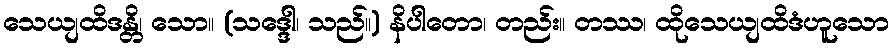
သေယျထိဒန္တိ၊ သော။ (သဒ္ဒေါ၊ သည်။) နိပါတော၊ တည်း။ တဿ၊ ထိုသေယျထိဒံဟူသော